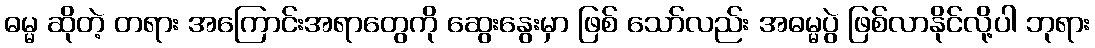
ဓမ္မ ဆိုတဲ့ တရား အကြောင်းအရာတွေကို ဆွေးနွေးမှာ ဖြစ် သော်လည်း အဓမ္မပွဲ ဖြစ်လာနိုင်လို့ပါ ဘုရား